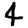
Digit: 4